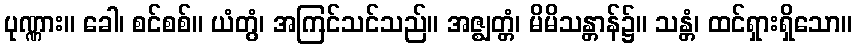
ပုဏ္ဏား။ ခေါ၊ စင်စစ်။ ယံတွံ၊ အကြင်သင်သည်။ အဇ္ဈတ္တံ၊ မိမိသန္တာန်၌။ သန္တံ၊ ထင်ရှားရှိသော။